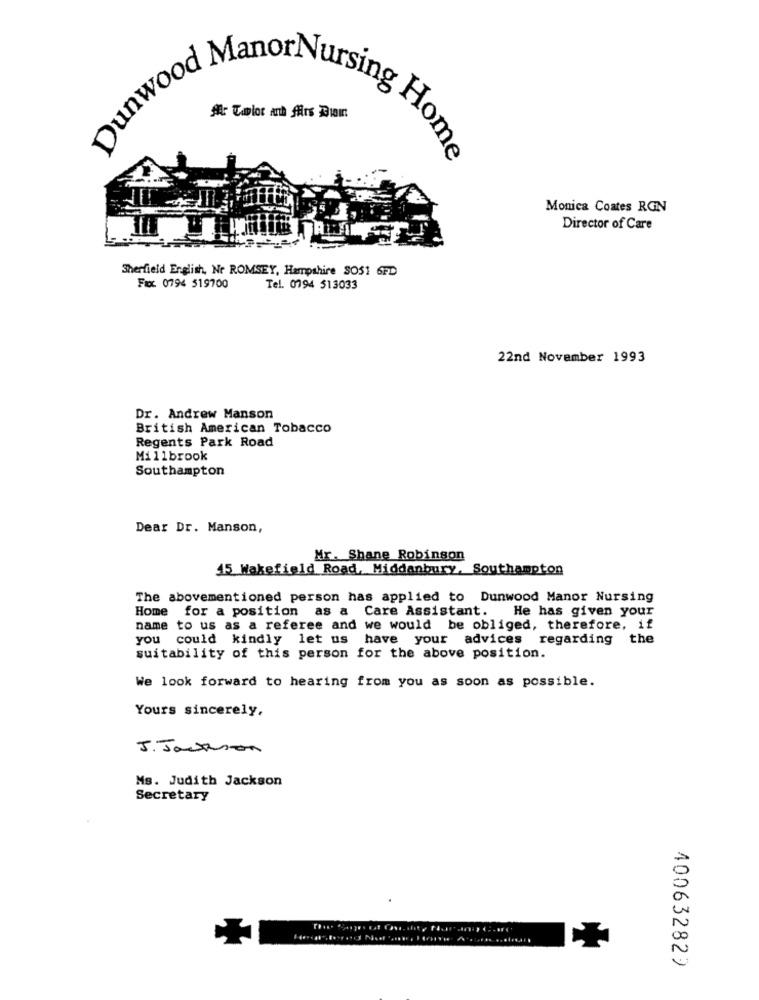
Al Calor Anh fürs Dinin
Dunwood ManorNursing Home
Monica Coates RGN
Director of Care
Sherfield English, Nr ROMSEY, Hampshire SOS1 6FD
Fax. 0794 519700
Tel. 0794 513033
22nd November 1993
Dr. Andrew Manson
British American Tobacco
Regents Park Road
Millbrook
Southampton
Dear Dr. Manson,
Mr. Shane Robinson
15 Wakefield Road, Middanbury, Southampton
The abovementioned person has applied to Dunwood Manor Nursing
Home for a position as a Care Assistant. He has given your
name to us as a referee and we would be obliged, therefore, if
you could kindly let us have your advices regarding the
suitability of this person for the above position.
We look forward to hearing from you as soon as possible.
Yours sincerely,
J. Jackson
Ms. Judith Jackson
Secretary
400632829